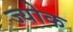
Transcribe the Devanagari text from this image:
ज्योक